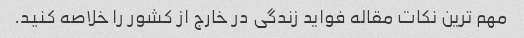
مهم ترین نکات مقاله فواید زندگی در خارج از کشور را خلاصه کنید.